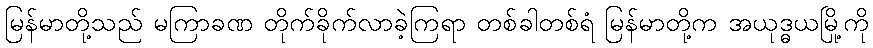
မြန်မာတို့သည် မကြာခဏ တိုက်ခိုက်လာခဲ့ကြရာ တစ်ခါတစ်ရံ မြန်မာတို့က အယုဒ္ဓယမြို့ကို